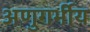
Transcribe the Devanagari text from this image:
अणुगर्भीय